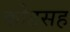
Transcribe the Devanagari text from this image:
कोडसह